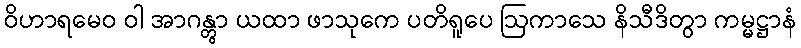
ဝိဟာရမေဝ ဝါ အာဂန္တွာ ယထာ ဖာသုကေ ပတိရူပေ ဩကာသေ နိသီဒိတွာ ကမ္မဋ္ဌာနံ